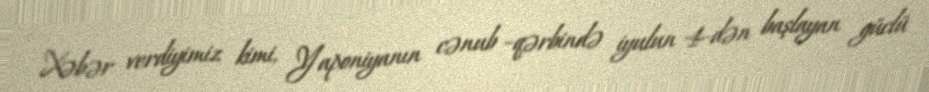
Xəbər verdiyimiz kimi, Yaponiyanın cənub –qərbində iyulun 4-dən başlayan güclü